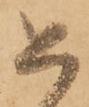
如